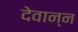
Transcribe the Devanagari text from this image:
देवान्न